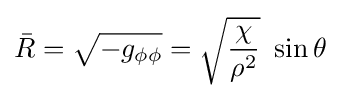
{\bar {R}}={\sqrt {-g_{\phi \phi }}}={\sqrt {\frac {\chi }{\rho ^{2}}}}\ \sin \theta